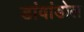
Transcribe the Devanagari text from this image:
डांवांडोल